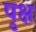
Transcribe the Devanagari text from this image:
पृक्ष